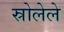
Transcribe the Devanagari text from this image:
स्रोलेले